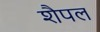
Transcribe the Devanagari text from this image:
शैपल